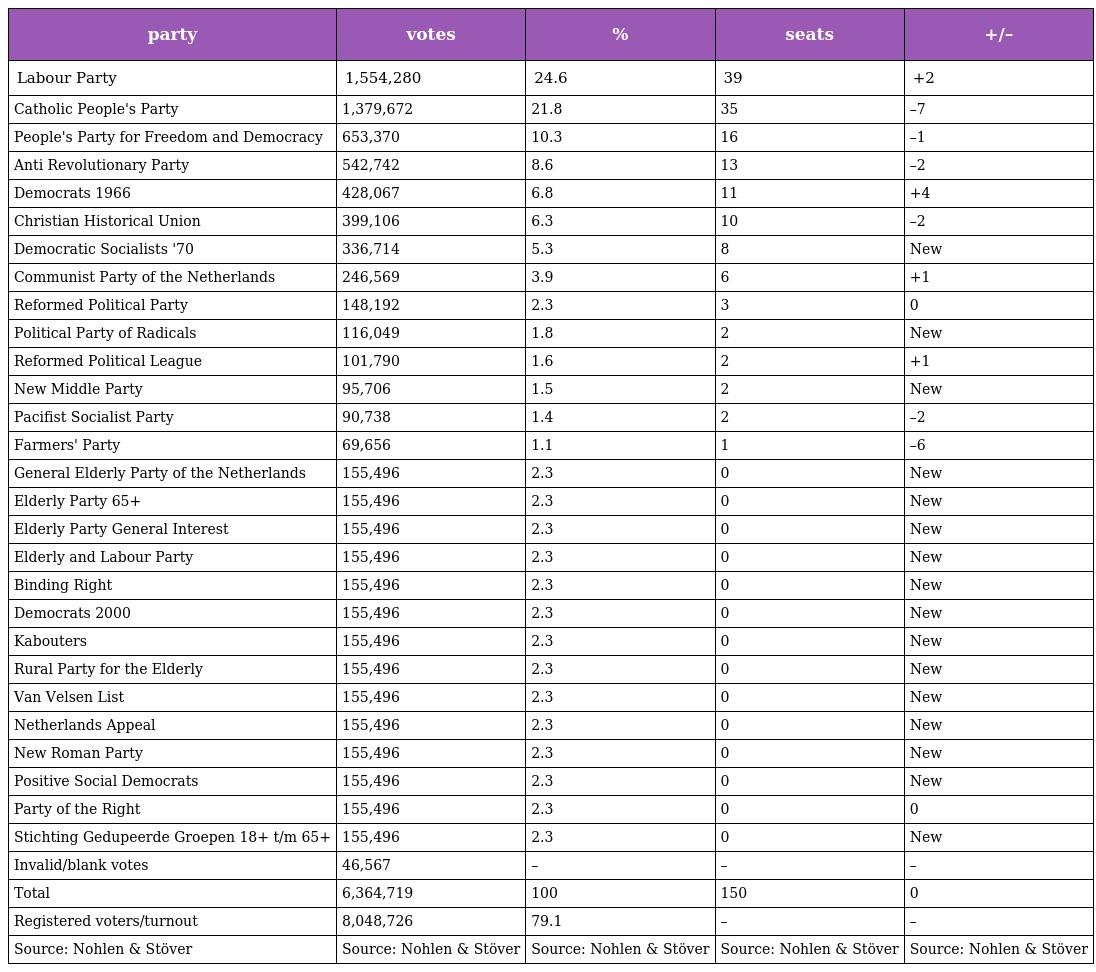
| party | votes | % | seats | +/– |
 | --- | --- | --- | --- | --- |
 | Labour Party | 1,554,280 | 24.6 | 39 | +2 |
 | Catholic People's Party | 1,379,672 | 21.8 | 35 | –7 |
 | People's Party for Freedom and Democracy | 653,370 | 10.3 | 16 | –1 |
 | Anti Revolutionary Party | 542,742 | 8.6 | 13 | –2 |
 | Democrats 1966 | 428,067 | 6.8 | 11 | +4 |
 | Christian Historical Union | 399,106 | 6.3 | 10 | –2 |
 | Democratic Socialists '70 | 336,714 | 5.3 | 8 | New |
 | Communist Party of the Netherlands | 246,569 | 3.9 | 6 | +1 |
 | Reformed Political Party | 148,192 | 2.3 | 3 | 0 |
 | Political Party of Radicals | 116,049 | 1.8 | 2 | New |
 | Reformed Political League | 101,790 | 1.6 | 2 | +1 |
 | New Middle Party | 95,706 | 1.5 | 2 | New |
 | Pacifist Socialist Party | 90,738 | 1.4 | 2 | –2 |
 | Farmers' Party | 69,656 | 1.1 | 1 | –6 |
 | General Elderly Party of the Netherlands | 155,496 | 2.3 | 0 | New |
 | Elderly Party 65+ | 155,496 | 2.3 | 0 | New |
 | Elderly Party General Interest | 155,496 | 2.3 | 0 | New |
 | Elderly and Labour Party | 155,496 | 2.3 | 0 | New |
 | Binding Right | 155,496 | 2.3 | 0 | New |
 | Democrats 2000 | 155,496 | 2.3 | 0 | New |
 | Kabouters | 155,496 | 2.3 | 0 | New |
 | Rural Party for the Elderly | 155,496 | 2.3 | 0 | New |
 | Van Velsen List | 155,496 | 2.3 | 0 | New |
 | Netherlands Appeal | 155,496 | 2.3 | 0 | New |
 | New Roman Party | 155,496 | 2.3 | 0 | New |
 | Positive Social Democrats | 155,496 | 2.3 | 0 | New |
 | Party of the Right | 155,496 | 2.3 | 0 | 0 |
 | Stichting Gedupeerde Groepen 18+ t/m 65+ | 155,496 | 2.3 | 0 | New |
 | Invalid/blank votes | 46,567 | – | – | – |
 | Total | 6,364,719 | 100 | 150 | 0 |
 | Registered voters/turnout | 8,048,726 | 79.1 | – | – |
 | Source: Nohlen & Stöver | Source: Nohlen & Stöver | Source: Nohlen & Stöver | Source: Nohlen & Stöver | Source: Nohlen & Stöver |